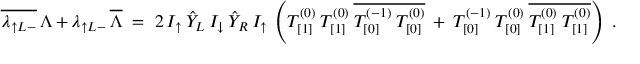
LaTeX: \overline { { { \lambda _ { \uparrow L - } } } } \: \Lambda + \lambda _ { \uparrow L - } \: \overline { { { \Lambda } } } \; = \; 2 \: I _ { \uparrow } \: \hat { Y } _ { L } \: I _ { \downarrow } \: \hat { Y } _ { R } \: I _ { \uparrow } \: \left( T _ { [ 1 ] } ^ { ( 0 ) } \: T _ { [ 1 ] } ^ { ( 0 ) } \: \overline { { { T _ { [ 0 ] } ^ { ( - 1 ) } \: T _ { [ 0 ] } ^ { ( 0 ) } } } } \: + \: T _ { [ 0 ] } ^ { ( - 1 ) } \: T _ { [ 0 ] } ^ { ( 0 ) } \: \overline { { { T _ { [ 1 ] } ^ { ( 0 ) } \: T _ { [ 1 ] } ^ { ( 0 ) } } } } \right) \; .